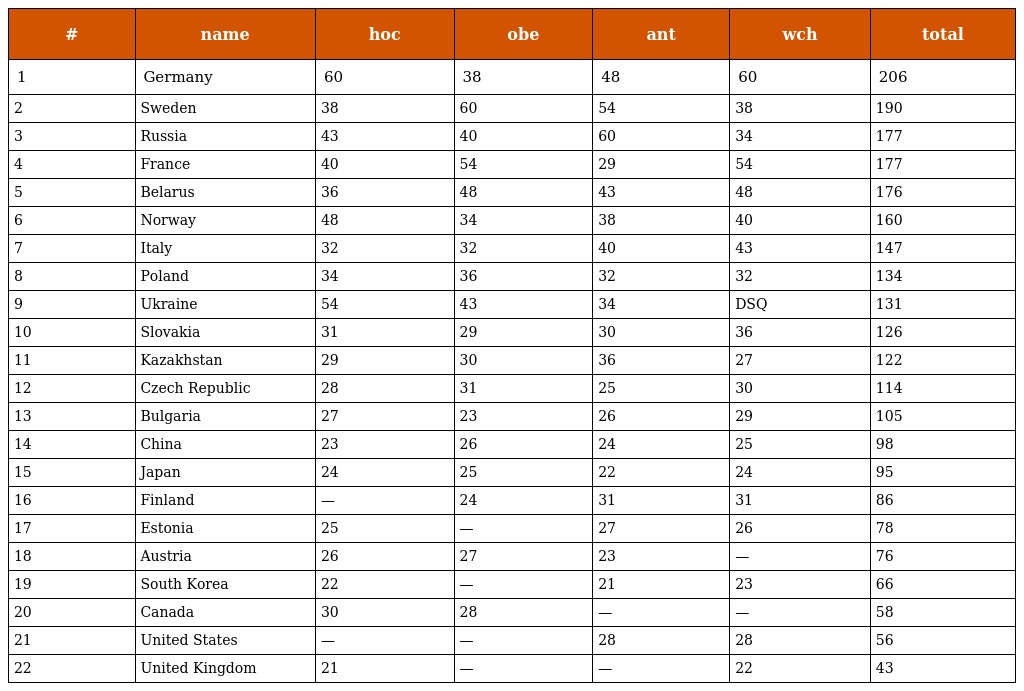
| # | name | hoc | obe | ant | wch | total |
 | --- | --- | --- | --- | --- | --- | --- |
 | 1 | Germany | 60 | 38 | 48 | 60 | 206 |
 | 2 | Sweden | 38 | 60 | 54 | 38 | 190 |
 | 3 | Russia | 43 | 40 | 60 | 34 | 177 |
 | 4 | France | 40 | 54 | 29 | 54 | 177 |
 | 5 | Belarus | 36 | 48 | 43 | 48 | 176 |
 | 6 | Norway | 48 | 34 | 38 | 40 | 160 |
 | 7 | Italy | 32 | 32 | 40 | 43 | 147 |
 | 8 | Poland | 34 | 36 | 32 | 32 | 134 |
 | 9 | Ukraine | 54 | 43 | 34 | DSQ | 131 |
 | 10 | Slovakia | 31 | 29 | 30 | 36 | 126 |
 | 11 | Kazakhstan | 29 | 30 | 36 | 27 | 122 |
 | 12 | Czech Republic | 28 | 31 | 25 | 30 | 114 |
 | 13 | Bulgaria | 27 | 23 | 26 | 29 | 105 |
 | 14 | China | 23 | 26 | 24 | 25 | 98 |
 | 15 | Japan | 24 | 25 | 22 | 24 | 95 |
 | 16 | Finland | — | 24 | 31 | 31 | 86 |
 | 17 | Estonia | 25 | — | 27 | 26 | 78 |
 | 18 | Austria | 26 | 27 | 23 | — | 76 |
 | 19 | South Korea | 22 | — | 21 | 23 | 66 |
 | 20 | Canada | 30 | 28 | — | — | 58 |
 | 21 | United States | — | — | 28 | 28 | 56 |
 | 22 | United Kingdom | 21 | — | — | 22 | 43 |